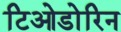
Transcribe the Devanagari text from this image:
टिओडोरिन